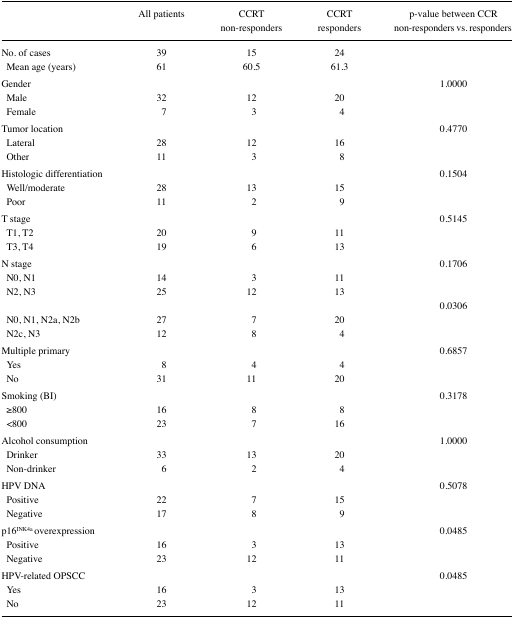
<table><thead><tr><td></td><td><b>All patients</b></td><td><b>CCRT non-responders</b></td><td><b>CCRT responders</b></td><td><b>p-value between CCR non-responders vs. responders</b></td></tr></thead><tbody><tr><td>No. of cases</td><td>39</td><td>15</td><td>24</td><td></td></tr><tr><td> Mean age (years)</td><td>61</td><td>60.5</td><td>61.3</td><td></td></tr><tr><td>Gender</td><td></td><td></td><td></td><td>1.0000</td></tr><tr><td> Male</td><td>32</td><td>12</td><td>20</td><td></td></tr><tr><td> Female</td><td>7</td><td>3</td><td>4</td><td></td></tr><tr><td>Tumor location</td><td></td><td></td><td></td><td>0.4770</td></tr><tr><td> Lateral</td><td>28</td><td>12</td><td>16</td><td></td></tr><tr><td> Other</td><td>11</td><td>3</td><td>8</td><td></td></tr><tr><td>Histologic differentiation</td><td></td><td></td><td></td><td>0.1504</td></tr><tr><td> Well/moderate</td><td>28</td><td>13</td><td>15</td><td></td></tr><tr><td> Poor</td><td>11</td><td>2</td><td>9</td><td></td></tr><tr><td>T stage</td><td></td><td></td><td></td><td>0.5145</td></tr><tr><td> T1, T2</td><td>20</td><td>9</td><td>11</td><td></td></tr><tr><td> T3, T4</td><td>19</td><td>6</td><td>13</td><td></td></tr><tr><td>N stage</td><td></td><td></td><td></td><td>0.1706</td></tr><tr><td> N0, N1</td><td>14</td><td>3</td><td>11</td><td></td></tr><tr><td> N2, N3</td><td>25</td><td>12</td><td>13</td><td></td></tr><tr><td></td><td></td><td></td><td></td><td>0.0306</td></tr><tr><td> N0, N1, N2a, N2b</td><td>27</td><td>7</td><td>20</td><td></td></tr><tr><td> N2c, N3</td><td>12</td><td>8</td><td>4</td><td></td></tr><tr><td>Multiple primary</td><td></td><td></td><td></td><td>0.6857</td></tr><tr><td> Yes</td><td>8</td><td>4</td><td>4</td><td></td></tr><tr><td> No</td><td>31</td><td>11</td><td>20</td><td></td></tr><tr><td>Smoking (BI)</td><td></td><td></td><td></td><td>0.3178</td></tr><tr><td> ≥800</td><td>16</td><td>8</td><td>8</td><td></td></tr><tr><td> &lt;800</td><td>23</td><td>7</td><td>16</td><td></td></tr><tr><td>Alcohol consumption</td><td></td><td></td><td></td><td>1.0000</td></tr><tr><td> Drinker</td><td>33</td><td>13</td><td>20</td><td></td></tr><tr><td> Non-drinker</td><td>6</td><td>2</td><td>4</td><td></td></tr><tr><td>HPV DNA</td><td></td><td></td><td></td><td>0.5078</td></tr><tr><td> Positive</td><td>22</td><td>7</td><td>15</td><td></td></tr><tr><td> Negative</td><td>17</td><td>8</td><td>9</td><td></td></tr><tr><td>p16<sup>INK4a</sup> overexpression</td><td></td><td></td><td></td><td>0.0485</td></tr><tr><td> Positive</td><td>16</td><td>3</td><td>13</td><td></td></tr><tr><td> Negative</td><td>23</td><td>12</td><td>11</td><td></td></tr><tr><td>HPV-related OPSCC</td><td></td><td></td><td></td><td>0.0485</td></tr><tr><td> Yes</td><td>16</td><td>3</td><td>13</td><td></td></tr><tr><td> No</td><td>23</td><td>12</td><td>11</td><td></td></tr></tbody></table>